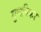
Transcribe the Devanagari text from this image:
गुणनिकर